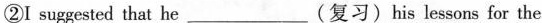
②I suggested that he___(复习)his lessons for the